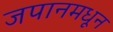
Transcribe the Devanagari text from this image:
जपानमधून